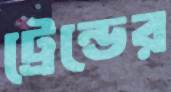
ট্রেন্ডের